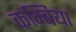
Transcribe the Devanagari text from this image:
कम्बिया